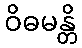
ဝိဓမန္တိ